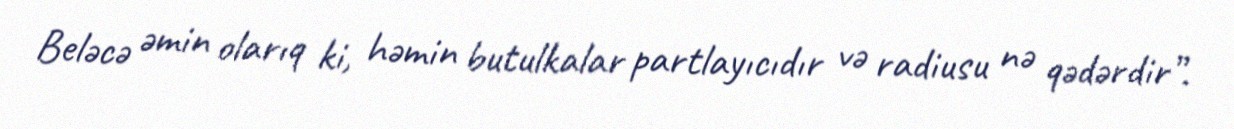
Beləcə əmin olarıq ki, həmin butulkalar partlayıcıdır və radiusu nə qədərdir”.